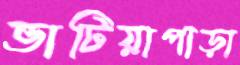
ভাটিয়াপাড়া